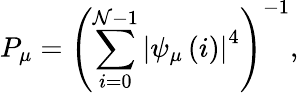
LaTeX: P_{\mu}=\left(\sum_{i=0}^{\mathcal{N}-1}\left\vert\psi_{\mu}\left(i\right)\right\vert^{4}\right)^{-1},